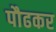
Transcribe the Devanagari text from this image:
पौढकर